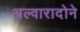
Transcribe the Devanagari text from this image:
अल्वारादोने